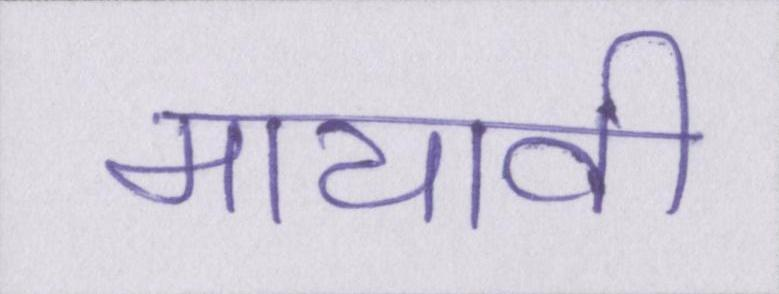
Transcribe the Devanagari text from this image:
मायावी